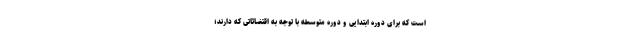
است که برای دوره ابتدایی و دوره متوسطه با توجه به اقتضائاتی که دارند؛